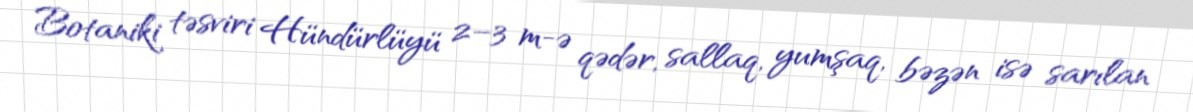
Botaniki təsviri Hündürlüyü 2–3 m-ə qədər, sallaq, yumşaq, bəzən isə sarılan